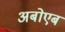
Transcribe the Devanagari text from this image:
अबोएब